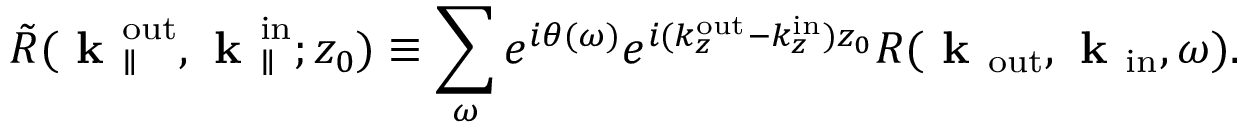
\Tilde { R } ( \textbf { k } _ { \parallel } ^ { \mathrm { o u t } } , \textbf { k } _ { \parallel } ^ { \mathrm { i n } } ; z _ { 0 } ) \equiv \sum _ { \omega } e ^ { i \theta ( \omega ) } e ^ { i ( k _ { z } ^ { \mathrm { o u t } } - k _ { z } ^ { \mathrm { i n } } ) z _ { 0 } } R ( \textbf { k } _ { \mathrm { o u t } } , \textbf { k } _ { \mathrm { i n } } , \omega ) .